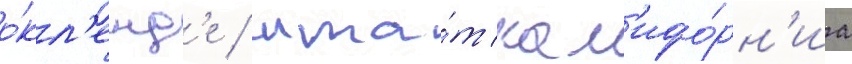
о́кл'енд'е / шта́т кал'ифо́рн'иа